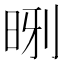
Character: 𪰝